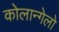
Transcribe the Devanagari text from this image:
कोलान्गेलो